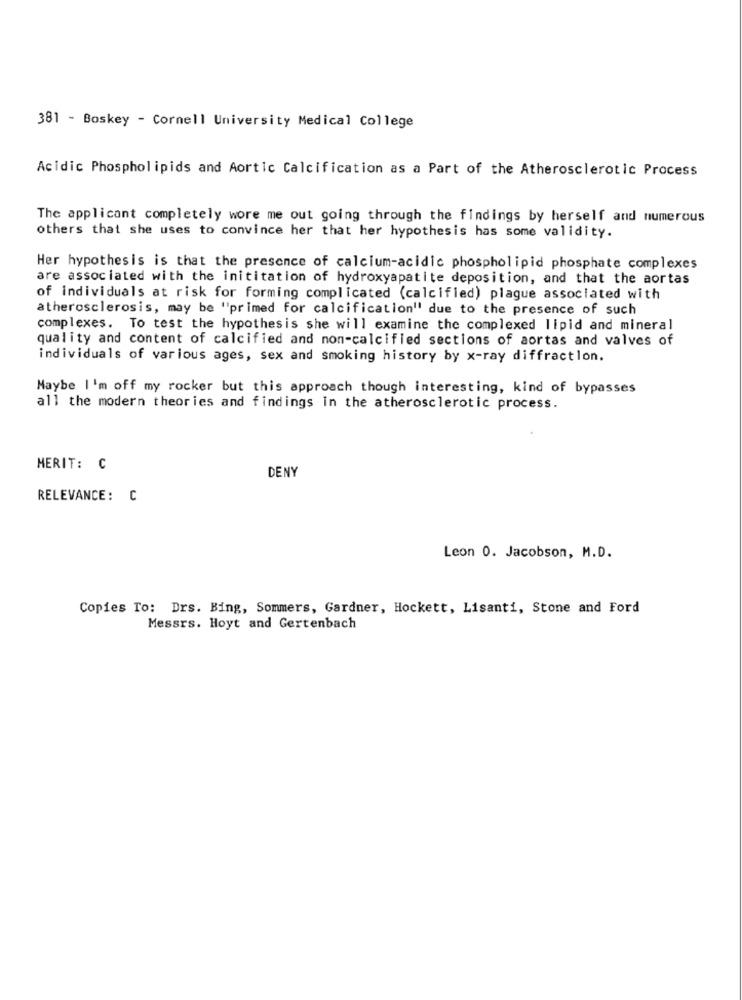
381 - Boskey - Cornell University Medical College
Acidic Phospholipids and Aortic Calcification as a Part of the Atherosclerotic Process
The applicant completely wore me out going through the findings by herself and numerous
others that she uses to convince her that her hypothesis has some validity.
Her hypothesis is that the presence of calcium-acidic phospholipid phosphate complexes
are associated with the inititation of hydroxyapatite deposition, and that the aortas
of individuals at risk for forming complicated (calcified) plague associated with
atherosclerosis, may be "primed for calcification" due to the presence of such
complexes. To test the hypothesis she will examine the complexed lipid and mineral
quality and content of calcified and non-calcified sections of aortas and valves of
individuals of various ages, sex and smoking history by x-ray diffraction.
Maybe I'm off my rocker but this approach though interesting, kind of bypasses
all the modern theories and findings in the atherosclerotic process.
HERIT: C
DENY
RELEVANCE: C
Leon 0. Jacobson, M.D.
Copies To: Drs. Bing, Sommers, Gardner, Hockett, Lisanti, Stone and Ford
Messrs. Hoyt and Gertenbach